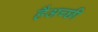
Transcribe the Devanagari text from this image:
हैअच्छी